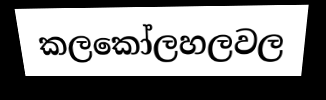
කලකෝලහලවල